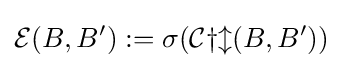
{\mathcal {E}}(B,B'):=\sigma ({\mathcal {Cyl}}(B,B'))